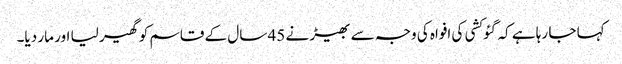
کہا جا رہا ہے کہ گئو کشی کی افواہ کی وجہ سے بھیڑ نے 45 سال کے قاسم کو گھیر لیا اور مار دیا۔